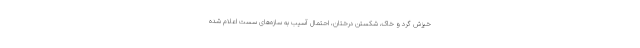
خیزش گرد و خاک، شکستن درختان، احتمال آسیب به سازه‌های سست اعلام شده